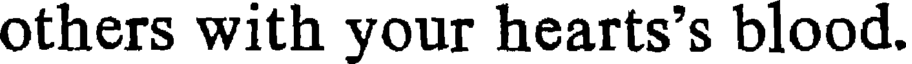
others with your hearts's blood.